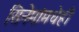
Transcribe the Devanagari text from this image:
सिनेमांमधेही